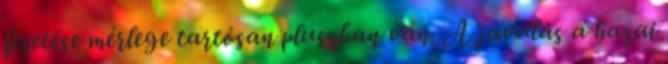
fizetése mérlege tartósan pluszban van. A javulás a hazai